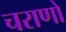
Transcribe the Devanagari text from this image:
चराणों